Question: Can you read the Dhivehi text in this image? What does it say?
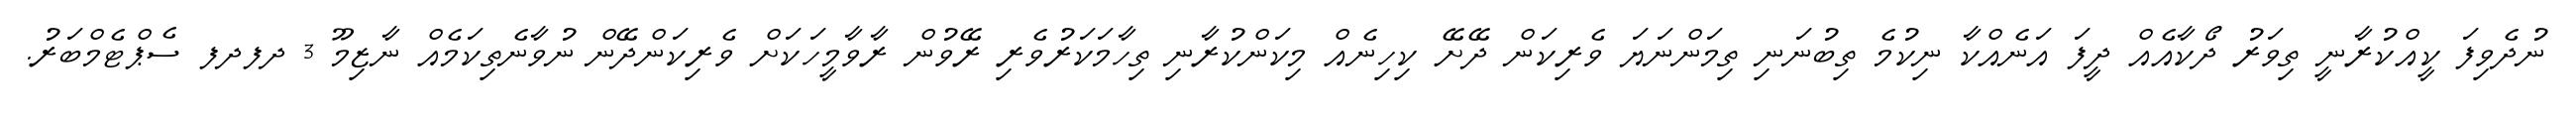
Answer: ނުދެވިފަ ކީއްކުރާނީ ތިވަރު ދޯކާއެއް ދީފަ އަނެއްކާ ނިކުމެ ތިބުނަނި ތިމަންނަޔަ ވެރިކަން ދޭށޭ ކިހިނެއް މިކަންކުރާނި ތިހާމަކަރުވެރި ރޭވުން ރާވާމީހަކަށް ވެރިކަންދޭން ނުވާނެތިކަމެއް ނާޒިމޫ 3 ދފދފ ސެޕްޓެމްބަރު.